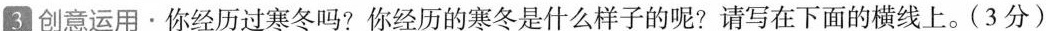
3 创意运用﹒你经历过寒冬吗？你经历的寒冬是什么样子的呢？请写在下面的横线上。(3分)